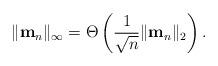
LaTeX: \begin{align*} \|\mathbf{m}_n\|_\infty = \Theta\left(\frac{1}{\sqrt{n}}\|\mathbf{m}_n\|_2\right). \end{align*}